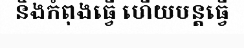
និងកំពុងធ្វើ ហើយបន្តធ្វើ